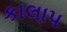
કાલાપ